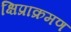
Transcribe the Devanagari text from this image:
क्षिप्राक्रमण